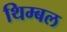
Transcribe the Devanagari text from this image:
थिम्बल